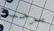
مرحبا